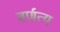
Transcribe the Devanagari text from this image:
वर्णत्य